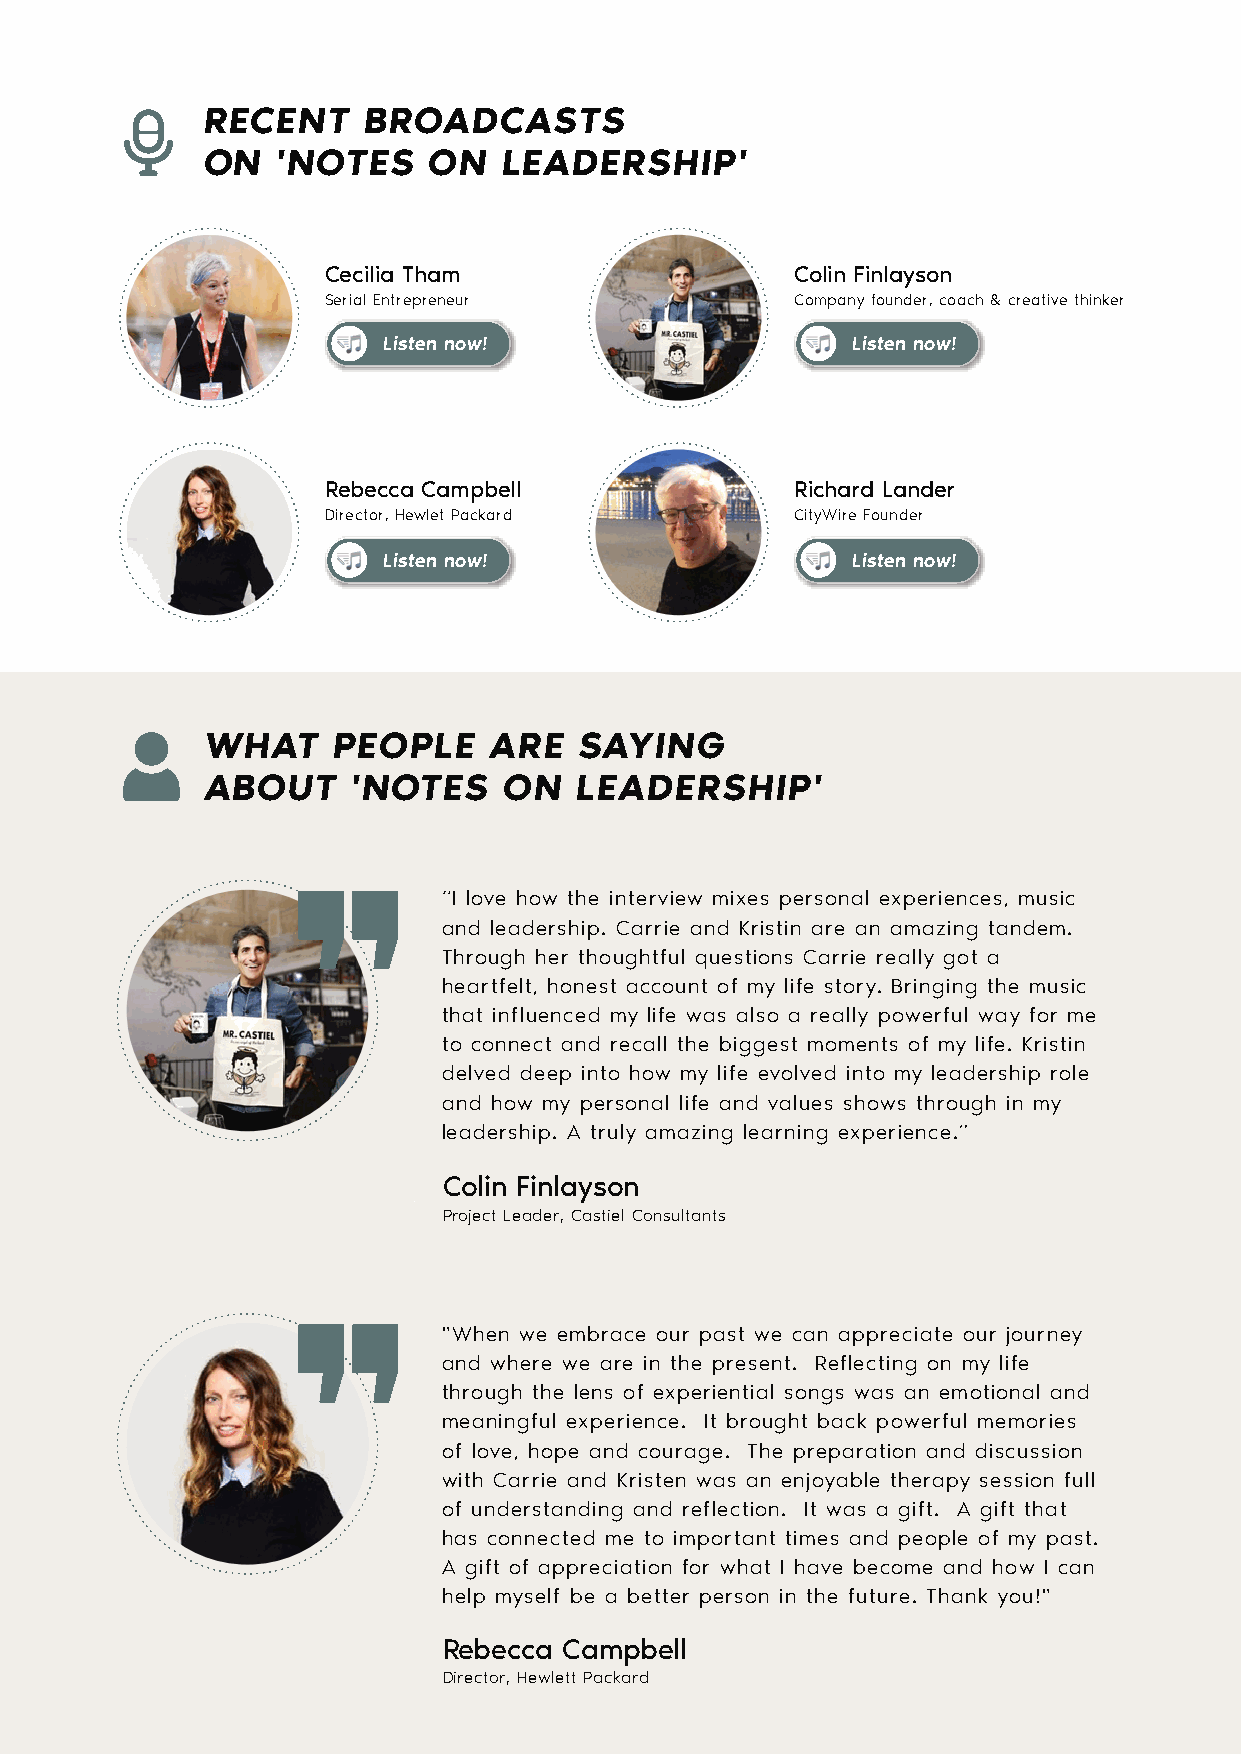
RECENT     BROADCASTS
 ON   'NOTES    ON   LEADERSHIP'
 Cecilia Tham                    Colin Finlayson
 Serial Entrepreneur             Company founder, coach & creative thinker
 Listen now!                    Listen now!
 Rebecca Campbell                Richard Lander
 Director, Hewlet Packard        CityWire Founder
 Listen now!                    Listen now!
 WHAT    PEOPLE    ARE   SAYING
 ABOUT    'NOTES    ON   LEADERSHIP'
 “I love how the interview mixes personal experiences, music
 and leadership. Carrie and Kristin are an amazing tandem.
 Through her thoughtful questions Carrie really got a
 heartfelt, honest account of my life story. Bringing the music
 that influenced my life was also a really powerful way for me
 to connect and recall the biggest moments of my life. Kristin
 delved deep into how my life evolved into my leadership role
 and how my personal life and values shows through in my
 leadership. A truly amazing learning experience.”
 Colin Finlayson
 Project Leader, Castiel Consultants
 "When we embrace our past we can appreciate our journey
 and where we are in the present. Reflecting on my life
 through the lens of experiential songs was an emotional and
 meaningful experience. It brought back powerful memories
 of love, hope and courage. The preparation and discussion
 with Carrie and Kristen was an enjoyable therapy session full
 of understanding and reflection. It was a gift. A gift that
 has connected me to important times and people of my past.
 A gift of appreciation for what I have become and how I can
 help myself be a better person in the future. Thank you!"
 Rebecca Campbell
 Director, Hewlett Packard